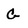
Character: G